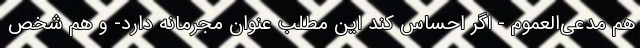
هم مدعی‌العموم - اگر احساس کند این مطلب عنوان مجرمانه دارد- و هم شخص